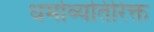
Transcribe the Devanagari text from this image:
धर्माव्यतिरिक्त